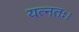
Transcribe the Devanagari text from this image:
यत्नतः।